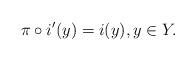
LaTeX: \begin{align*} \pi \circ i'(y) = i(y), y \in Y.\end{align*}